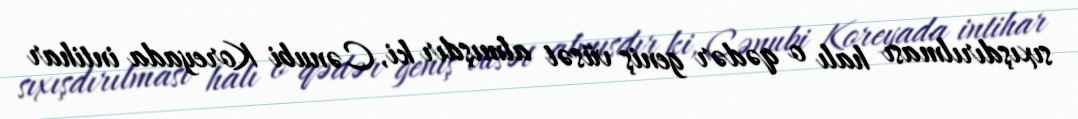
sıxışdırılması halı o qədər geniş vüsət almışdır ki, Cənubi Koreyada intihar